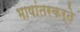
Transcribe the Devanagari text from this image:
भाषांतरकर्ते